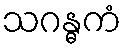
သဂန္ဓကံ